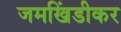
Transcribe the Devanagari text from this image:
जमखिंडीकर